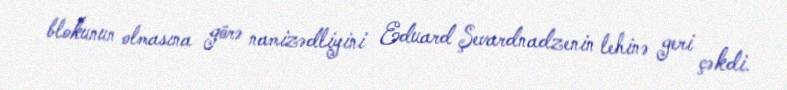
blokunun olmasına görə namizədliyini Eduard Şevardnadzenin lehinə geri çəkdi.